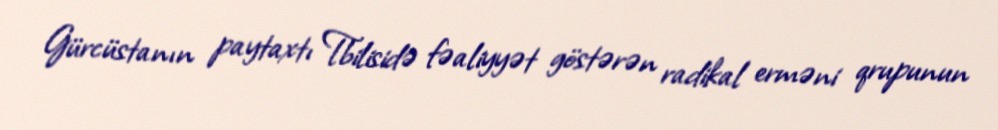
Gürcüstanın paytaxtı Tbilisidə fəaliyyət göstərən radikal erməni qrupunun